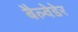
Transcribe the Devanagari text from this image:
बैल्वेडेर